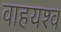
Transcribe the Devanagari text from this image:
वाहयश्व